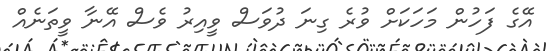
އޭގެ ފަހުން މަހަކަށް ވުރެ ގިނަ ދުވަސް ވީއިރު ވެސް އޭނާ ވީތަނެއް